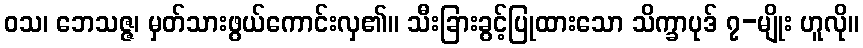
ဝသ၊ ဘေသဇ္ဇ၊ မှတ်သားဖွယ်ကောင်းလှ၏။ သီးခြားခွင့်ပြုထားသော သိက္ခာပုဒ် ၇-မျိုး ဟူလို။